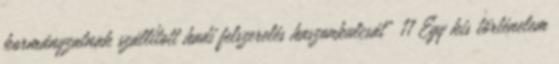
kormányzatnak szállított hadi felszerelés haszonkulcsát” 11 Egy kis történelem